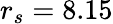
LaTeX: r_{s}=8.15